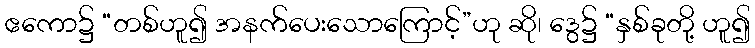
ဧကော၌ “တစ်ဟူ၍ အနက်ပေးသောကြောင့်”ဟု ဆို၊ ဒွေ၌ “နှစ်ခုတို့ ဟူ၍